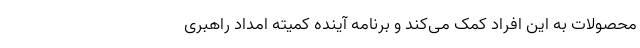
محصولات به این افراد کمک می‌کند و برنامه آینده کمیته امداد راهبری